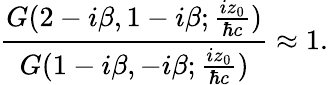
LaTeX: \frac{G(2-i{\beta},1-i{\beta};\frac{iz_{0}}{{\hbar}c})}{G(1-i{\beta},-i{\beta};\frac{iz_{0}}{{\hbar}c})}\approx 1.